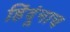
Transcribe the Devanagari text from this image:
हिंदूंनाच